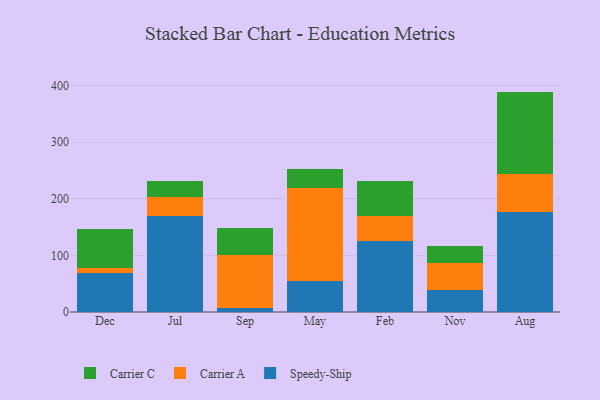
{"axis": {"x": "Month", "y": "Backlog"}, "legend": ["Carrier A", "Carrier C", "Speedy-Ship"], "data": [{"x": "Dec", "y": 68.2, "type": "Speedy-Ship"}, {"x": "Dec", "y": 9.9, "type": "Carrier A"}, {"x": "Dec", "y": 68.6, "type": "Carrier C"}, {"x": "Jul", "y": 170.5, "type": "Speedy-Ship"}, {"x": "Jul", "y": 33.0, "type": "Carrier A"}, {"x": "Jul", "y": 28.2, "type": "Carrier C"}, {"x": "Sep", "y": 6.8, "type": "Speedy-Ship"}, {"x": "Sep", "y": 93.6, "type": "Carrier A"}, {"x": "Sep", "y": 48.3, "type": "Carrier C"}, {"x": "May", "y": 54.7, "type": "Speedy-Ship"}, {"x": "May", "y": 164.8, "type": "Carrier A"}, {"x": "May", "y": 32.5, "type": "Carrier C"}, {"x": "Feb", "y": 124.8, "type": "Speedy-Ship"}, {"x": "Feb", "y": 45.4, "type": "Carrier A"}, {"x": "Feb", "y": 61.7, "type": "Carrier C"}, {"x": "Nov", "y": 39.7, "type": "Speedy-Ship"}, {"x": "Nov", "y": 46.8, "type": "Carrier A"}, {"x": "Nov", "y": 31.0, "type": "Carrier C"}, {"x": "Aug", "y": 177.0, "type": "Speedy-Ship"}, {"x": "Aug", "y": 66.3, "type": "Carrier A"}, {"x": "Aug", "y": 146.1, "type": "Carrier C"}]}